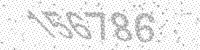
Solution: 156786